Lunatic asylums Punjab 1881-1894 - 1881-1894
Year: 1881
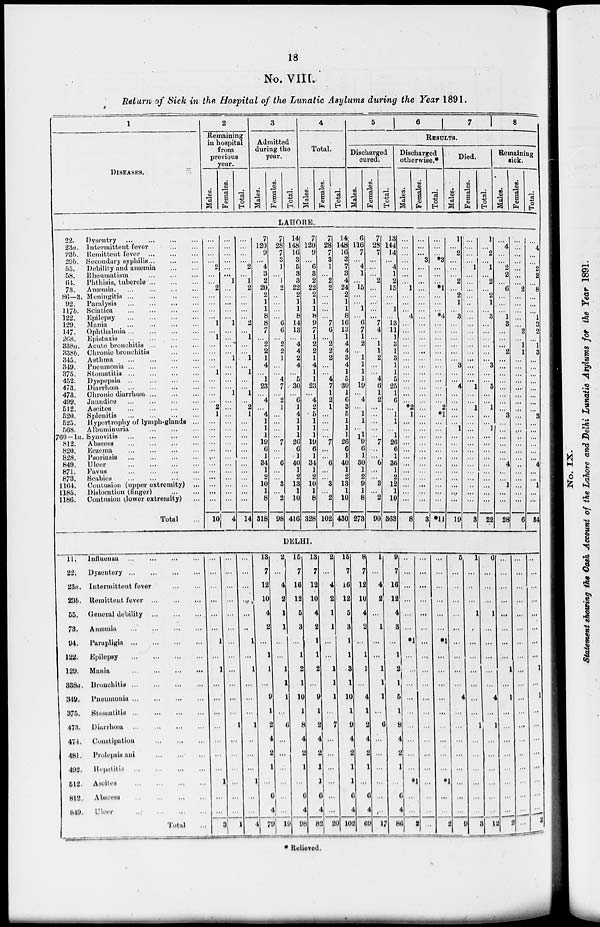
18
No. VIII.
Return of Sick in the Hospital of the Lunatic Asylums during the Year 1891.
1
DISEASES.
2
Remaining
in hospital
from
previous
year.
Males.
Females.
Total.
3
Admitted
during the
year.
Males.
Females.
Total.
4
Total.
Males.
Females.
Total.
5
6
7
8
RESULTS.
Discharged
cured.
Males.
Females.
Total.
Discharged
otherwise.*
Males.
Females.
Total.
Died.
Males.
Females.
Total.
Remaining
sick.
Males.
Females.
Total.
LAHORE.
22.
23a.
23b.
29b. 55.
58.
64.
73.
86—3.
92.
117b.
122.
129.
147.
268.
338a.
338b.
345.
349.
375.
452.
473.
473.
499.
512.
520.
525.
568.
760-1a.
812.
820.
828.
849.
871.
873.
1164.
1185.
1186.
Dysentry
...
...
...
...
Intermittent fever
...
...
Remittent fever
...
...
...
Secondary syphilis
...
...
...
Debility and anæmia ... ... ...
Rheumatism ... ... ... ...
Phthisis, tubercle
...
...
...
Anæmia.
...
...
...
...
Meningitis
...
...
...
...
Paralysis
...
...
...
...
Sciatica
...
...
...
...
Epilepsy
...
...
...
...
Mania
...
...
...
...
Ophthalmia
...
...
...
...
Epistaxis
...
...
...
...
Acute bronchitis ... ... ...
Chronic bronchitis
...
...
Asthma ... ... ... ...
Pneumonia
...
...
...
...
Stomatitis
...
...
...
...
Dyspepsia
...
...
...
...
Diarrhœa
...
...
...
...
Chronic diarrhœa
...
...
...
Jaundice ... ... ... ...
Ascites
...
...
...
...
Splenitis
...
...
...
...
Hypertrophy of lymph-glands ...
Albuminuria
...
...
...
Synovitis ... ... ... ...
Abscess ... ... ... ...
Eczema ... ... ... ...
Psoriasis ... ... ... ...
Ulcer
...
...
...
...
Favus
...
...
...
...
Scabies
...
...
...
...
Contusion (upper extremity) ...
Dislocation (finger)
...
...
Contusion (lower extremity) ...
Total ...
...
...
...
...
2
...
...
2
...
...
...
...
1
...
1
...
...
...
...
1
...
...
...
...
2
1
...
...
...
...
...
...
...
...
...
...
...
...
10
...
...
...
...
...
...
1
...
...
...
...
...
1
...
...
...
...
1
...
...
...
...
1
...
...
...
...
...
...
...
...
...
...
...
...
...
...
...
4
...
...
...
...
2
...
1
2
...
...
...
...
2
...
1
...
...
1
...
1
...
...
1
...
2
1
...
...
...
...
...
...
...
...
...
...
...
...
14
7
120
9
...
4
3
2
20
2
1
1
8
8
7
...
2
2
1
4
...
1
23
...
4
...
4
1
1
1
10
6
1
34
1
2
10
1
8
318
7
28
7
3
1
...
1
2
...
...
...
...
6
6
...
2
2
1
...
...
4
7
...
2
1
...
...
...
...
7
...
...
6
...
...
3
...
2
98
14
148
16
3
5
3
3
22
2
1
1
8
14
13
...
4
4
2
4
...
5
30
...
6
1
4
1
1
1
20
6
1
40
1
2
13
1
10
416
7
120
9
...
6
3
2
22
2
1
1
8
9
7
1
2
2
1
4
1
1
23
...
4
2
5
1
1
1
19
6
1
34
1
2
10
1
8
328
7
28
7
3
1
...
2
2
...
...
...
...
7
6
...
2
2
2
...
...
4
7
1
2
1
...
...
...
...
7
...
...
6
...
...
3
...
2
102
14
148
16
3
7
3
4
24
2
1
1
8
16
13
1
4
4
3
4
1
5
30
1
6
3
5
1
1
1
26
6
1
40
1
2
13
1
10
430
6
116
7
...
4
1
...
15
...
...
1
...
6
7
1
2
...
1
1
1
1
19
...
4
...
1
1
...
1 19
6
1
30
1
2
9
1
8
273
7
28
7
...
...
...
2
...
...
...
...
...
7
4
...
1
1
2
...
...
4
6
1
2
...
...
...
...
...
7
...
...
6
...
...
3
...
2
90
13
144
14
...
4
1
2
15
...
...
1
...
13
11
1
3
1
3
1
1
5
25
1
6
...
1
1
...
1
26
6
1
36
1
2
12
1
10
363
...
...
...
...
...
...
...
1
...
...
...
4
...
...
...
...
...
...
...
...
...
...
...
...
*2
1
...
...
...
...
...
...
...
...
...
...
...
...
8
...
...
...
3
...
..
...
...
...
...
...
...
...
...
...
...
...
...
...
...
...
...
...
...
...
...
...
...
...
...
...
...
...
...
...
...
...
...
3
...
...
...
*3
...
...
...
*1
...
...
...
*4
...
...
...
...
...
...
...
...
...
...
...
...
2
*1
...
...
...
...
...
...
...
...
...
...
...
...
*11
1
...
2
...
...
...
2
...
2
1
...
3
...
...
...
...
...
...
3
...
...
4
...
...
...
...
...
1
...
...
...
...
...
...
...
...
...
...
19
...
...
...
...
1
...
...
...
...
...
...
...
...
...
...
...
...
...
...
...
...
1
...
...
1
...
...
...
...
...
...
...
...
...
...
...
...
...
3
1
...
2
...
1
2
...
2
1
...
3
...
...
...
...
...
...
3
...
...
5
...
...
1
...
...
1
...
...
...
...
...
...
...
...
...
...
22
...
4
...
...
2
2
...
6
...
...
...
1
3
...
...
...
2
...
...
...
...
...
...
...
...
3
...
...
...
...
...
...
4
...
...
1
...
...
28
...
...
...
...
...
...
...
2
...
...
...
...
...
2
...
1
1
...
...
...
...
...
...
...
...
...
...
...
...
...
...
...
...
...
...
...
...
...
6
...
4
...
...
2
2
...
8
...
...
...
1
3
2
...
1
3
...
...
...
...
...
...
...
...
3
...
...
...
...
...
...
4
...
...
1
...
...
34
DELHI.
11.
22.
23a.
23b.
55.
73.
94.
122.
129.
338a.
349.
375.
473.
474.
481.
492.
512.
812.
819.
Influenza
...
...
...
...
Dysentery
...
...
...
...
Intermittent fever
...
...
Remittent fever
...
...
...
General debility
...
...
...
Anæmia
...
...
...
...
Parapligia
...
...
...
...
Epilepsy
...
...
...
...
Mania
...
...
...
...
Bronchitis
...
...
...
...
Pneumonia
...
...
...
...
Stomatitis ... ... ... ...
Diarrhœa
...
...
...
...
Constipation
...
...
...
Prolepsis ani
...
...
...
Hepatitis
...
...
...
...
Ascites
...
...
...
...
Abscess
...
...
...
...
Ulcer ... ... ... ...
Total ...
...
...
...
...
...
...
1
...
1
...
...
...
...
...
...
...
1
...
...
3
...
...
...
...
...
...
...
...
...
...
...
...
1
...
...
...
...
...
...
1
...
...
...
...
...
...
1
...
1
...
...
...
1
...
...
...
1
...
...
4
13
7
12
10
4
2
...
1
1
...
9
1
2
4
2
1
...
6
4
79
2
...
4
2
1
1
...
...
1
1
1
...
6
...
...
...
...
...
...
19
15
7
16
12
5
3
...
1
2
1
10
1
8
4
2
1
...
6
4
98
13
7
12
10
4
2
1
1
2
...
9
1
2
4
2
1
1
6
4
82
2
...
4
2
1
1
...
...
1
1
1
...
7
...
...
...
...
...
...
20
15
7
16
12
5
3
1
1
3
1
10
1
9
4
2
1
1
6
4
102
8
7
12
10
4
2
...
1
1
...
4
1
2
4
2
1
...
6
4
69
1
...
4
2
...
1
...
...
1
1
1
...
6
...
...
...
...
...
...
17
9
7
16
12
4
3
...
1
2
1
5
1
8
4
2
1
...
6
4
86
...
...
...
...
...
...
*1
...
...
...
...
...
...
...
...
...
*1
...
...
2
...
...
...
...
...
...
...
...
...
...
...
...
...
...
...
...
...
...
...
...
...
...
...
...
...
...
*1
...
...
...
...
...
...
...
...
...
*1
...
...
2
5
...
...
...
...
...
...
...
...
...
4
...
...
...
...
...
...
...
...
9
1
...
...
...
1
...
...
...
...
...
...
...
1
...
...
...
...
...
...
3
6
...
...
...
1
...
...
...
...
...
4
...
1
...
...
...
...
...
...
12
...
...
...
...
...
...
...
...
1
...
1
...
...
...
...
...
...
...
...
2
...
...
...
...
...
...
...
...
...
...
...
...
...
...
...
...
...
...
...
...
..
...
...
...
...
...
...
...
1
...
1
...
...
...
...
...
...
...
...
2
* Relieved.